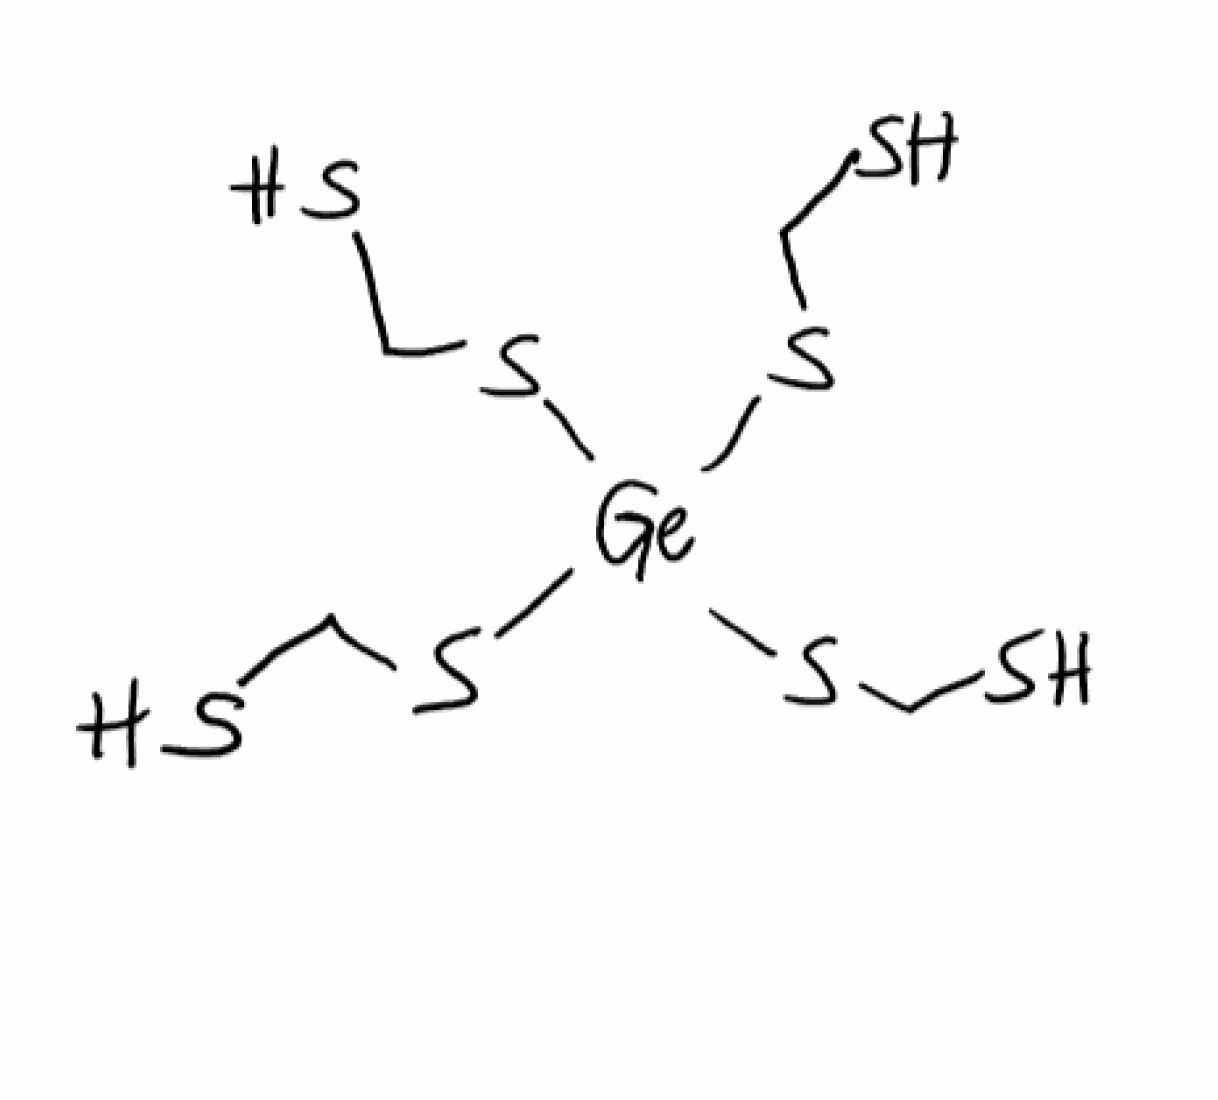
Simplified molecular-input line-entry system (SMILES) notation of the given molecule:
C(S)S[Ge](SCS)(SCS)SCS